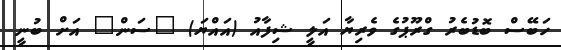
ހަބޭސް ބޮޑުބެރު ގްރޫޕުގެ ވެރިޔާ އަލީ ޝިފާއު (އައްޔަ) "ސަން" އަށް ބުނީ